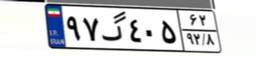
۹۷گ۴۰۵۶۲